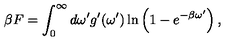
\beta F = \int _ { 0 } ^ { \infty } d \omega ^ { \prime } g ^ { \prime } ( \omega ^ { \prime } ) \ln \left( 1 - e ^ { - \beta \omega ^ { \prime } } \right) ,